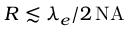
R \lesssim \lambda _ { e } / 2 \, \mathrm { N A }